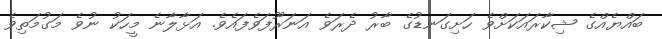
ބައްޔެއްގެ ޝިކާރައަކަށްވެ ހަށިގަނޑުގެ ބާރު ދެރަވެ އަނަރޫފަވެފައެވެ. އަޅާލާނެ މީހަކު ނުވެ މަގުމަތިވެ